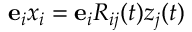
{ \bf e } _ { i } x _ { i } = { \bf e } _ { i } R _ { i j } ( t ) z _ { j } ( t )